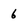
Character: 6